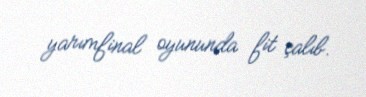
yarımfinal oyununda fit çalıb.